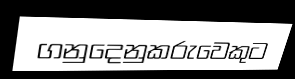
ගනුදෙනුකරුවෙකුට